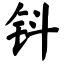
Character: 钭